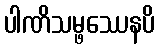
ပါဏိသမ္ဖဿေနပိ